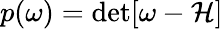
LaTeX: p(\omega)=\operatorname*{det}[\omega-\mathcal{H}]